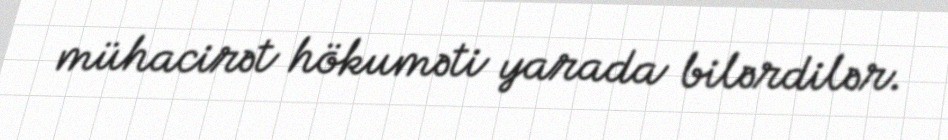
mühacirət hökuməti yarada bilərdilər.